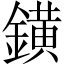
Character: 鐄